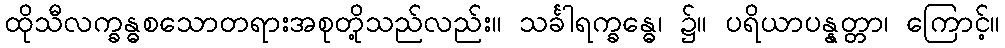
ထိုသီလက္ခန္ဓစသောတရားအစုတို့သည်လည်း။ သင်္ခါရက္ခန္ဓေ၊ ၌။ ပရိယာပန္နတ္တာ၊ ကြောင့်။